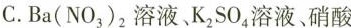
C.Ba(NO_{3})_{2}溶液、K_{2}SO_{4}溶液、硝酸